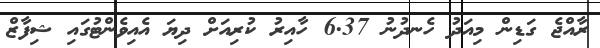
ރާއްޖެ ގަޑިން މިއަދު ހެނދުނު 6.37 ހާއިރު ކުރިއަށް ދިޔަ އެއިވެންޓުގައި ޝިފާޒް